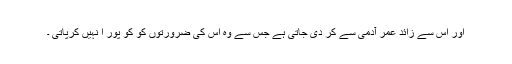
اور اس سے زائد عمر آدمی سے کر دی جاتی ہے جس سے وہ اس کی ضرورتوں کو کو پور ا نہیں کرپاتی ۔